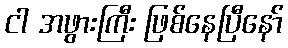
ငါ အဖွားကြီး ဖြစ်နေပြီနော်